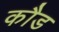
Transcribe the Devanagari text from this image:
कौड